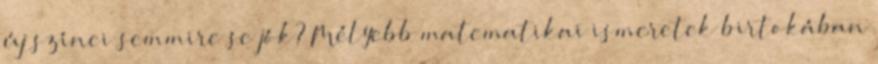
új színei semmire se jók? Mélyebb matematikai ismeretek birtokában